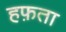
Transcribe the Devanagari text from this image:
हफ़ता